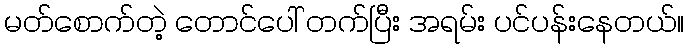
မတ်စောက်တဲ့ တောင်ပေါ် တက်ပြီး အရမ်း ပင်ပန်းနေတယ်။